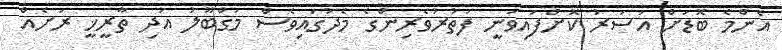
އެންމެ ބޮޑަށް އަސަރު ކޮށްފައިވަނީ ފަތުރުވެރިންގެ މެދުގައިވެސް މަގްބޫލު އަދި ތާރީޚީ ރަށެއް